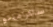
ساكرامنتو